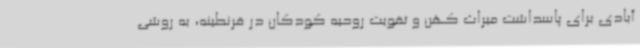
آبادی برای پاسداشت میراث کهن و تقویت روحیه کودکان در قرنطینه، به روشی